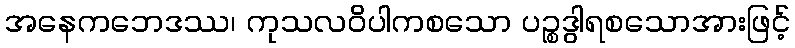
အနေကဘေဒဿ၊ ကုသလဝိပါကစသော ပဉ္စဒွါရစသောအားဖြင့်